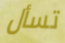
تسأل